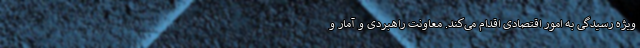
ویژه رسیدگی به امور اقتصادی اقدام می‌کند. معاونت راهبردی و آمار و